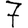
Digit: 7